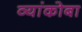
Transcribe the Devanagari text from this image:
व्यांकोबा